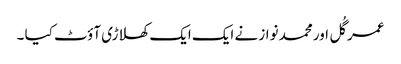
عمر گُل اور محمد نواز نے ایک ایک کھلاڑی آؤٹ کیا ۔